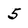
Character: 5